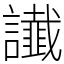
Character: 䜟